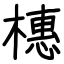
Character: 橞